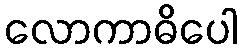
လောကာဓိပေါ